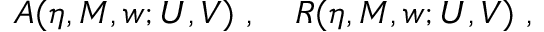
A ( \eta , M , w ; U , V ) \ , \quad R ( \eta , M , w ; U , V ) \ ,